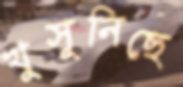
খুসুনিছে